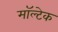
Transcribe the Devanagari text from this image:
मॉल्टेक